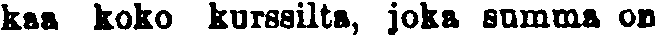
kaa koko kurssilta, joka summa on